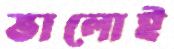
ভালোই